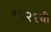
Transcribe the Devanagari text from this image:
१९२१ची